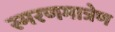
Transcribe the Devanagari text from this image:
स्मरणमात्रेण